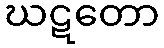
ဃဋတော